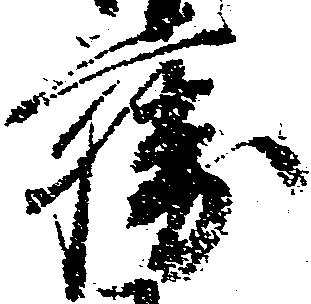
藤